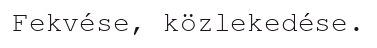
Fekvése, közlekedése.